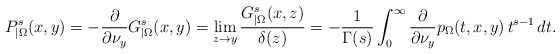
\begin{align*}P_{|\Omega}^s(x,y)=-\frac{\partial}{\partial\nu_y} G^s_{|\Omega}(x,y)=\lim_{z\to y}\frac{G^s_{|\Omega}(x,z)}{\delta(z)}=-\frac1{\Gamma(s)}\int_0^\infty\frac{\partial}{\partial\nu_y}p_\Omega(t,x,y)\,t^{s-1}\,dt.\end{align*}